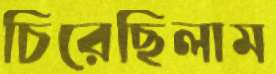
চিরেছিলাম